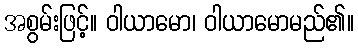
အစွမ်းဖြင့်။ ဝါယာမော၊ ဝါယာမောမည်၏။